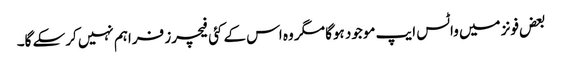
بعض فونز میں واٹس ایپ موجود ہوگا مگر وہ اس کے کئی فیچرز فراہم نہیں کرسکے گا۔